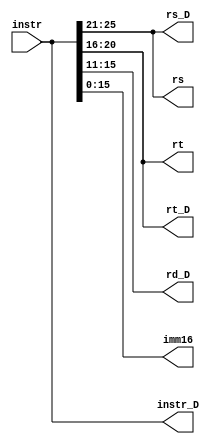
`timescale 1ns / 1ps
//////////////////////////////////////////////////////////////////////////////////
// Company: 
// Engineer: 
// 
// Design Name: 
// Module Name:    fenweiqi_2 
// Project Name: 
// Target Devices: 
// Tool versions: 
// Description: 
//
// Dependencies: 
//
// Revision: 
// Revision 0.01 - File Created
// Additional Comments: 
//
//////////////////////////////////////////////////////////////////////////////////
module fenweiqi_2(
    input [31:0] instr,
    output [31:0] instr_D,
    output [4:0] rs,
    output [4:0] rt,
    output [4:0] rs_D,
    output [4:0] rt_D,
    output [4:0] rd_D,
    output [15:0] imm16
    );
	 assign instr_D = instr;
	 assign rs = instr[25:21];
	 assign rt = instr[20:16];
	 assign rs_D = instr[25:21];
	 assign rt_D = instr[20:16];
	 assign rd_D = instr[15:11];
	 assign imm16 = instr[15:0];


endmodule